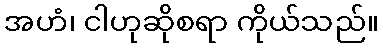
အဟံ၊ ငါဟုဆိုစရာ ကိုယ်သည်။